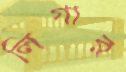
লিগার